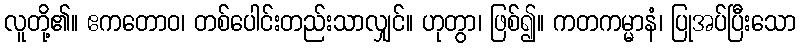
လူတို့၏။ ဧကတောဝ၊ တစ်ပေါင်းတည်းသာလျှင်။ ဟုတွာ၊ ဖြစ်၍။ ကတကမ္မာနံ၊ ပြုအပ်ပြီးသော